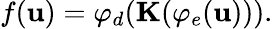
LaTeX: f(\mathbf{u})=\varphi_{d}(\mathbf{K}(\varphi_{e}(\mathbf{u}))).